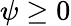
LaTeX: \psi\geq 0